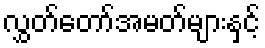
လွှတ်တော်အမတ်များနှင့်